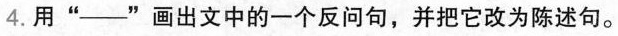
4.用”___”画出文中的一个反问句，并把它改为陈述句。